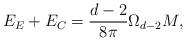
LaTeX: \begin{align*}E_{E}+E_{C}=\frac{d-2}{8\pi }\Omega _{d-2}M,\end{align*}